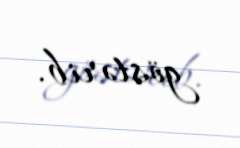
göstərib.